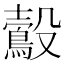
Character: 𪃟